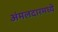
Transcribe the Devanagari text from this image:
अंमलदारमध्ये